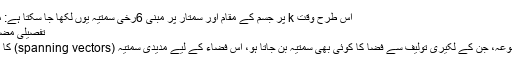
اس طرح وقت k پر جسم کے مقام اور سمتار پر مبنی 6رُخی سمتیہ یوں لکھا جا سکتا ہے: مدیدی سمتیہ[ترمیم]
تفصیلی مضمون : مدیدی سمتیہ
ایسے سمتیہ کا مجموعہ، جن کے لکیری تولیف سے فضا کا کوئی بھی سمتیہ بن جاتا ہو، اس فضاء کے لیے مدیدی سمتیہ (spanning vectors) کا مجموعہ کہلاتا ہے۔